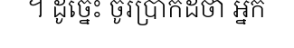
។ ដូច្នេះ ចូរប្រាកដថា អ្នក